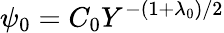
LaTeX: \psi_{0}=C_{0}Y^{-(1+\lambda_{0})/2}